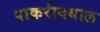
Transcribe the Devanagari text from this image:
पाकरीदयाल